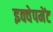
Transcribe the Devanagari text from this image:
इक्वेपमेंट